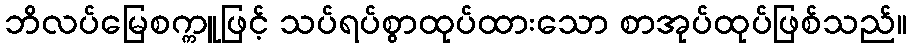
ဘိလပ်မြေစက္ကူဖြင့် သပ်ရပ်စွာထုပ်ထားသော စာအုပ်ထုပ်ဖြစ်သည်။